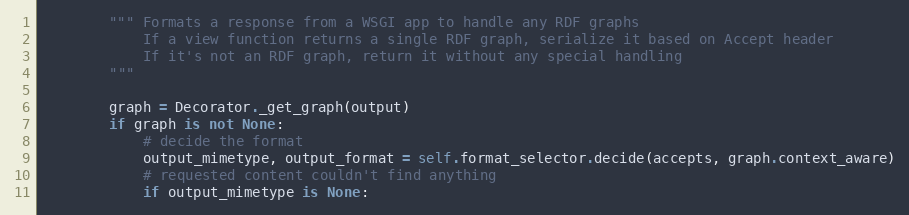
Language: Python
		""" Formats a response from a WSGI app to handle any RDF graphs
		    If a view function returns a single RDF graph, serialize it based on Accept header
		    If it's not an RDF graph, return it without any special handling
		"""

		graph = Decorator._get_graph(output)
		if graph is not None:
			# decide the format
			output_mimetype, output_format = self.format_selector.decide(accepts, graph.context_aware)
			# requested content couldn't find anything
			if output_mimetype is None: